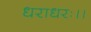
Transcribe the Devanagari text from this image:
धराधरः।।